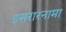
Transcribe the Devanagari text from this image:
इसरारनामा